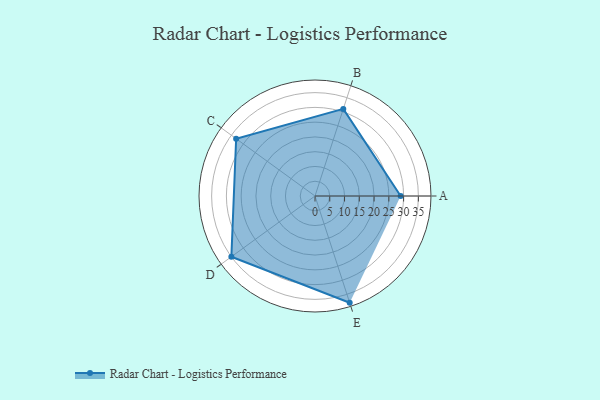
{"axis": {"x": "Skill", "y": "Score"}, "legend": ["Profile"], "data": [{"x": "A", "y": 29.0, "type": "Profile"}, {"x": "B", "y": 31.0, "type": "Profile"}, {"x": "C", "y": 33.0, "type": "Profile"}, {"x": "D", "y": 35.0, "type": "Profile"}, {"x": "E", "y": 38.0, "type": "Profile"}]}